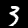
Label: 3